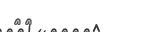
٥٠